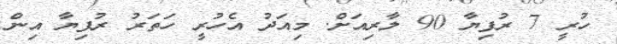
ހުރީ 7 ރުފިޔާ 90 ލާރިއަށް. މިއަދު އެހުރީ ހަތަރު ރުފިޔާ އިން